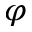
\varphi